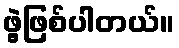
ဖွဲ့ဖြစ်ပါတယ်။